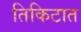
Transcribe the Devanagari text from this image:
तिकिटात